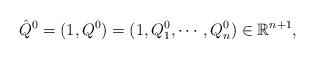
LaTeX: \begin{align*}\hat{Q}^0&=(1,Q^0)=(1,Q^0_1,\cdots,Q^0_n)\in\mathbb{R}^{n+1},\end{align*}